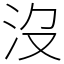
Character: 沒